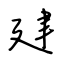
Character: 建